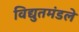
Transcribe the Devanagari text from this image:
विद्युतमंडले